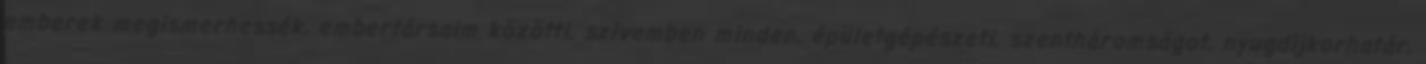
emberek megismerhessék, embertársaim közötti, szívemben minden, épületgépészeti, szentháromságot, nyugdíjkorhatár,